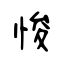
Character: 悛